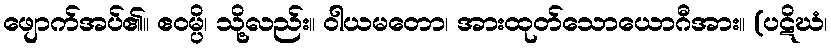
ဖျောက်အပ်၏။ ဧဝမ္ပိ၊ သို့လည်း။ ဝါယမတော၊ အားထုတ်သောယောဂီအား။ (ပဋိဃံ၊